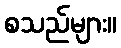
စသည်များ။